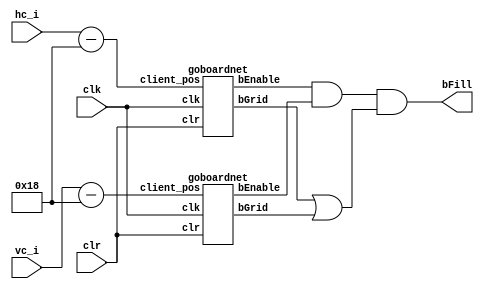

module goboardgrid(
	output wire bFill,
    input wire [11:0] hc_i,
    input wire [11:0] vc_i,
    input wire clk,
    input wire clr
);

parameter top   = 12'd24;
parameter left  = 12'd24;

wire [11:0] client_x;
wire [11:0] client_y;

wire bGridX;
wire bGridY;
wire bEnableX;
wire bEnableY;

assign client_x = hc_i - left;
assign client_y = vc_i - top;

assign bFill = bEnableX & bEnableY & (bGridX | bGridY) ;

goboardnet goboardnetX(client_x, bGridX, bEnableX, clk, clr);
goboardnet goboardnetY(client_y, bGridY, bEnableY, clk, clr);

endmodule

module goboardnet(
    input wire [11:0] client_pos,
    output reg bGrid,
	output reg bEnable,
    input wire clk,
    input wire clr);

parameter range  = 12'd28;

reg [11:0] pos_maj;
reg [11:0] pos_min;

always @(posedge clk or posedge clr)
if(clr) begin
	pos_maj <= 0;
	pos_min <= 0;
end else begin
	pos_maj <= client_pos / range;
	pos_min <= client_pos % range;
end

always @(*) begin
	bGrid <= 0;
	bEnable <= 1;

	case ( pos_maj )
	    0:
			case (pos_min)
				0, 1, 2, 3: bGrid <= 1;
			endcase
		17:
			case (pos_min)
				0, range-3, range-2, range-1: bGrid <= 1;
			endcase
		18:
			case (pos_min)
				0: bGrid <= 1;
				default: bEnable <= 0;
			endcase
		2, 8, 14:
			case (pos_min)
				0, range-1: bGrid <= 1;
			endcase
		3, 9, 15:
			case (pos_min)
				0, 1: bGrid <= 1;
			endcase
		1, 4, 5, 6, 7, 10, 11, 12, 13, 16:
			case (pos_min)
				0: bGrid <= 1;
			endcase
		default: bEnable <= 0;
	endcase
end

endmodule